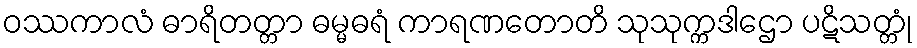
ဝဿကာလံ ဓာရိတတ္တာ ဓမ္မဓရံ ကာရဏတောတိ သုသုက္ကဒါဌော ပဋိသတ္တုံ